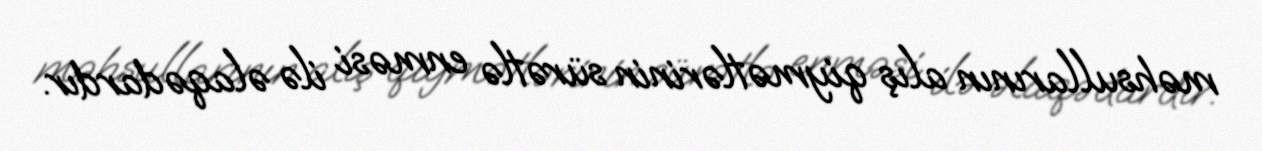
məhsullarının alış qiymətlərinin sürətlə enməsi ilə əlaqədardır.